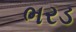
ભરડ